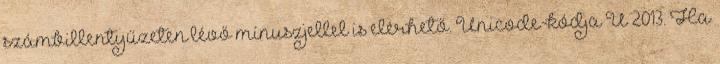
számbillentyűzeten lévő mínuszjellel is elérhető. Unicode-kódja U 2013. Ha